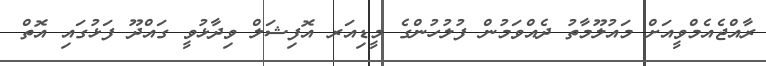
ރާއްޖެއެމްވީއަށް މައުލޫމާތު ދެއްވަމުން ފުލުހުންގެ މީޑިއަރ އޮފިޝަލް ވިދާޅުވީ ގައްދޫ ފަޅުގައި އޮތް